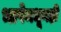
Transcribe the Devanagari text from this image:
भाषेमधूनही